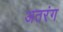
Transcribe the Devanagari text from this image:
अतरंग